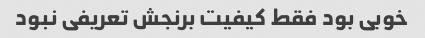
خوبی بود فقط کیفیت برنجش تعریفی نبود